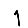
Digit: 1